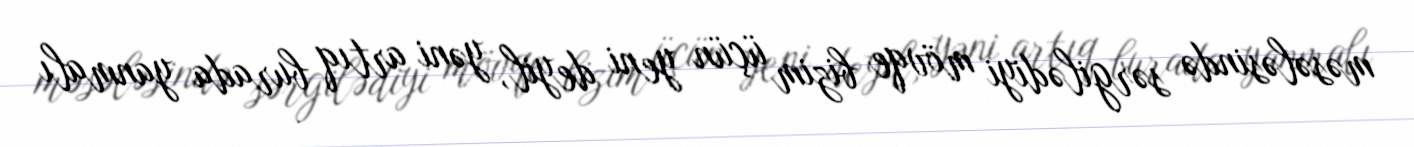
məsələsində sərgilədiyi mövqe bizim üçün yeni deyil, yəni artıq burada yanmalı